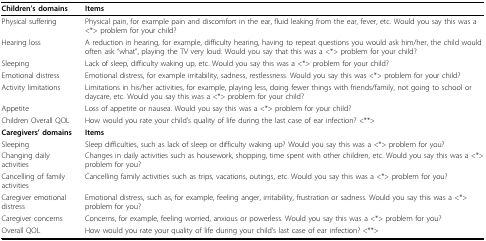
<table><thead><tr><td><b>Children&#x27;s domains</b></td><td><b>Items</b></td></tr></thead><tbody><tr><td>Physical suffering</td><td>Physical pain, for example pain and discomfort in the ear, fluid leaking from the ear, fever, etc. Would you say this was a &lt;*&gt; problem for your child?</td></tr><tr><td>Hearing loss</td><td>A reduction in hearing, for example, difficulty hearing, having to repeat questions you would ask him/her, the child would often ask &quot;what&quot;, playing the TV very loud. Would you say that this was a &lt;*&gt; problem for your child?</td></tr><tr><td>Sleeping</td><td>Lack of sleep, difficulty waking up, etc. Would you say this was a &lt;*&gt; problem for your child?</td></tr><tr><td>Emotional distress</td><td>Emotional distress, for example irritability, sadness, restlessness. Would you say this was &lt;*&gt; problem for your child?</td></tr><tr><td>Activity limitations</td><td>Limitations in his/her activities, for example, playing less, doing fewer things with friends/family, not going to school or daycare, etc. Would you say this was a &lt;*&gt; problem for your child?</td></tr><tr><td>Appetite</td><td>Loss of appetite or nausea. Would you say this was a &lt;*&gt; problem for your child?</td></tr><tr><td>Children Overall QOL</td><td>How would you rate your child&#x27;s quality of life during the last case of ear infection? &lt;**&gt;</td></tr><tr><td><b>Caregivers&#x27; domains</b></td><td><b>Items</b></td></tr><tr><td>Sleeping</td><td>Sleep difficulties, such as lack of sleep or difficulty waking up? Would you say this was a &lt;*&gt; problem for you?</td></tr><tr><td>Changing daily activities</td><td>Changes in daily activities such as housework, shopping, time spent with other children, etc. Would you say this was a &lt;*&gt; problem for you?</td></tr><tr><td>Cancelling of family activities</td><td>Cancelling family activities such as trips, vacations, outings, etc. Would you say this was a &lt;*&gt; problem for you?</td></tr><tr><td>Caregiver emotional distress</td><td>Emotional distress, such as, for example, feeling anger, irritability, frustration or sadness. Would you say this was a &lt;*&gt; problem for you?</td></tr><tr><td>Caregiver concerns</td><td>Concerns, for example, feeling worried, anxious or powerless. Would you say this was a &lt;*&gt; problem for you?</td></tr><tr><td>Overall QOL</td><td>How would you rate your quality of life during your child&#x27;s last case of ear infection? &lt;**&gt;</td></tr></tbody></table>